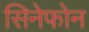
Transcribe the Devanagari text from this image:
सिनेफोन